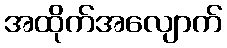
အထိုက်အလျောက်